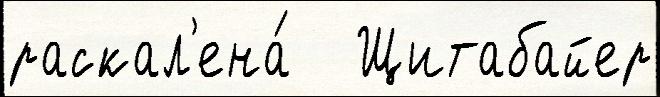
раскал'ена́   Щитабайер